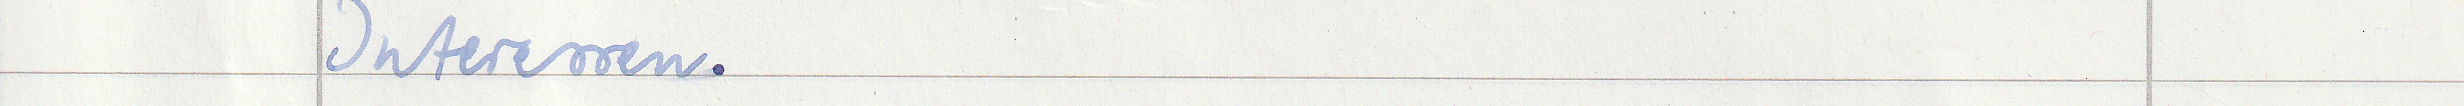
Interessen.